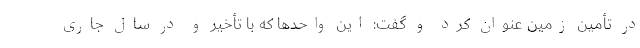
در تأمین زمین عنوان کرد و گفت: این واحدها که با تأخیر و در سال جاری